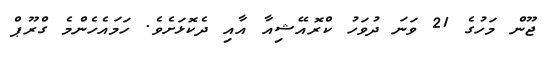
ޖޫން މަހުގެ 21 ވަނަ ދުވަހު ކްރޮއޭޝިއާ އާއި ދެކޮޅަށެވެ. ހަމައެހެންމެ ގްރޫޕް